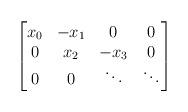
LaTeX: \begin{align*}\begin{bmatrix}x_0 & - x_1 & 0 & 0 \\0 & x_2 & - x_3 & 0 \\0 & 0 & \ddots & \ddots\end{bmatrix}\end{align*}